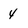
Character: 4